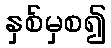
နှစ်မှစ၍